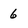
Character: 6